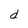
Character: d